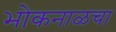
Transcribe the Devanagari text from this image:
भोकनाळचा